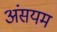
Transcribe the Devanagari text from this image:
अंसयम